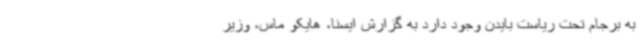
به برجام تحت ریاست بایدن وجود دارد به گزارش ایسنا، هایکو ماس، وزیر